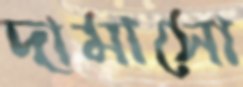
দামাসো